Papers set at the Examination for Leaving Certificates, 1889
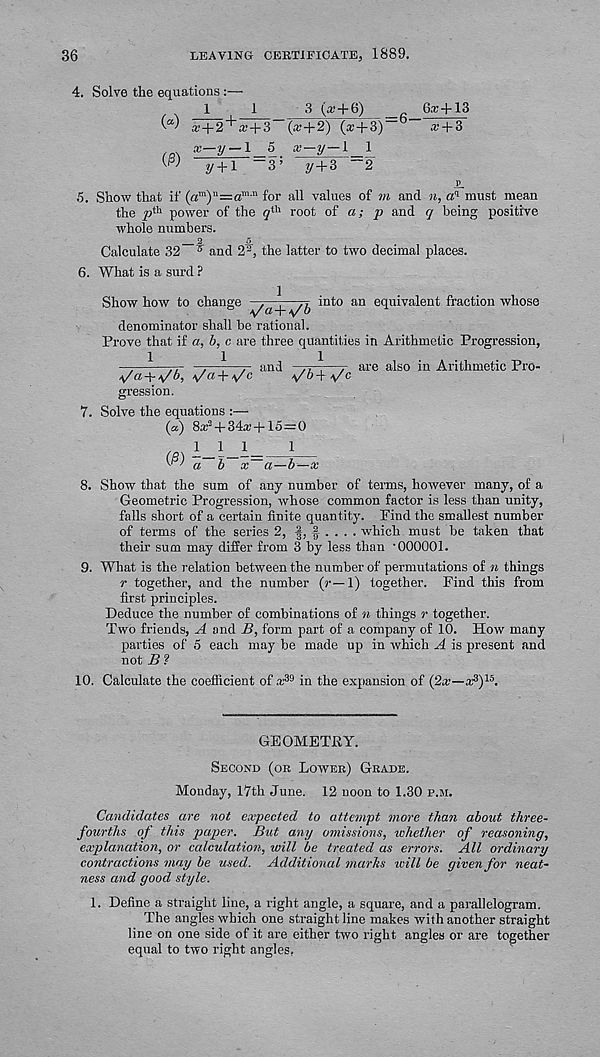
36
LEAVING CERTIFICATE, 1889.
4. Solve the equations :—
1
1
3 (a; + 6)
6x4-13
W Ff2 + f'4-3 _ (x4-2) (a’4-3)~" — *4-3
ta\ *—y —1 5 x-y—l 1
W
y4-l — 3 ’ 2/4-3 “2
p_
5. Show that if (a m ) u =a mM for all values of m and n, a q must mean
the p th power of the 5 th root of a; p and q being positive
whole numbers.
2
5
Calculate 32 7 and 2 3 , the latter to two decimal places.
6. What is a surd ?
Show how to change
i 0 * 0 an equivalent fraction whose
denominator shall be rational.
Prove that if a, b, c are three quantities in Arithmetic Progression,
1
1
1
1
ana
t/a + \/c “““
gression.
7. Solve the equations :—
(«) 8x 2 4-34x4-15=0
, 111
1
0 s )
are also in Arithmetic Pro-
b—a
8. Show that the sum of any number of terms, however many, of a
Geometric Progression, whose common factor is less than unity,
falls short of a certain finite quantity. Find the smallest number
of terms of the series 2, §, f . . . . which must be taken that
their sum may differ from 3 by less than ‘000001.
9. What is the relation between the number of permutations of n things
r together, and the number (»’—1) together. Find this from
first principles.
Deduce the number of combinations of n things r together.
Two friends, A and B, form part of a company of 10. How many
parties of 5 each may be made up in which A is present and
not B ?
10. Calculate the coefficient of x 39 in the expansion of (2x—x 3 ) 15 .
GEOMETRY.
Second (or Lower) Grade.
Monday, 17th June. 12 noon to 1.30 p.m.
Candidates are not expected to attempt more than about three-
fourths of this paper. But any omissions, whether of reasoning,
explanation, or calculation, will be treated as errors. All ordinary
contractions may be used. Additional maths will be given for neat-
ness and good style.
1. Define a straight line, a right angle, a square, and a parallelogram.
The angles which one straight line makes with another straight
line on one side of it are either two right angles or are together
equal to two right angles,